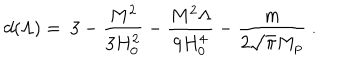
d ( \Lambda ) = \ 3 - { \frac { M ^ { 2 } } { 3 H _ { 0 } ^ { 2 } } } - { \frac { M ^ { 2 } \Lambda } { 9 H _ { 0 } ^ { 4 } } } - { \frac { m } { 2 \sqrt \pi M _ { \mathrm { p } } } } \ .